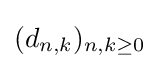
(d_{n,k})_{n,k\geq 0}